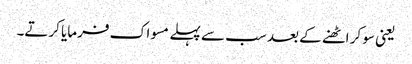
یعنی سو کر اٹھنے کے بعد سب سے پہلے مسواک فرمایا کرتے۔